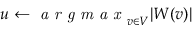
u \gets \textit { a r g m a x } _ { v \in V } | W ( v ) |